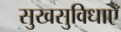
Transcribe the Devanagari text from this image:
सुखसुविधाएँ